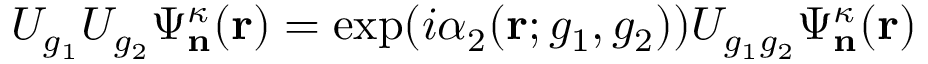
U _ { g _ { 1 } } U _ { g _ { 2 } } \Psi _ { \mathbf n } ^ { \kappa } ( \mathbf r ) = \exp ( i \alpha _ { 2 } ( \mathbf r ; g _ { 1 } , g _ { 2 } ) ) U _ { g _ { 1 } g _ { 2 } } \Psi _ { \mathbf n } ^ { \kappa } ( \mathbf r )